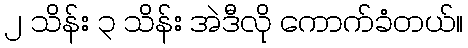
၂ သိန်း ၃ သိန်း အဲဒီလို ကောက်ခံတယ်။